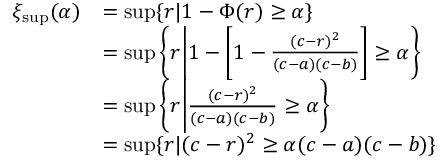
\begin{array} { r l } { \xi _ { \operatorname* { s u p } } ( \alpha ) } & { = \operatorname* { s u p } \{ r | 1 - \Phi ( r ) \geq \alpha \} } \\ & { = \operatorname* { s u p } \bigg \{ r \bigg | 1 - \bigg [ 1 - \frac { ( c - r ) ^ { 2 } } { ( c - a ) ( c - b ) } \bigg ] \geq \alpha \bigg \} } \\ & { = \operatorname* { s u p } \bigg \{ r \bigg | \frac { ( c - r ) ^ { 2 } } { ( c - a ) ( c - b ) } \geq \alpha \bigg \} } \\ & { = \operatorname* { s u p } \{ r | ( c - r ) ^ { 2 } \geq \alpha ( c - a ) ( c - b ) \} } \end{array}